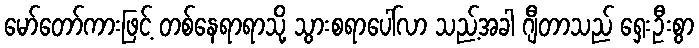
မော်တော်ကားဖြင့် တစ်နေရာရာသို့ သွားစရာပေါ်လာ သည့်အခါ ဂျီတာသည် ရှေးဦးစွာ